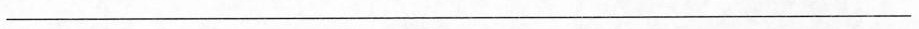
___